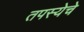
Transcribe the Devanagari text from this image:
तपस्येचे